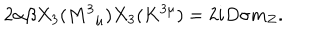
2 \alpha \beta X _ { 3 } ( M ^ { 3 } { } _ { \mu } ) X _ { 3 } ( K ^ { 3 \mu } ) = 2 i D \sigma m _ { Z } .